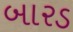
બારડ